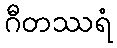
ဂီတဿရံ